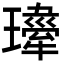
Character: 𤪍